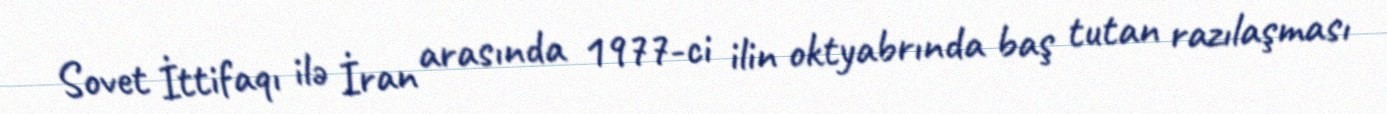
Sovet İttifaqı ilə İran arasında 1977-ci ilin oktyabrında baş tutan razılaşması